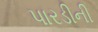
પારડીની